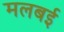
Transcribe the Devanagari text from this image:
मलबई